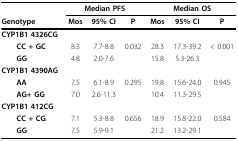
<table><thead><tr><td></td><td colspan="3"><b>Median PFS</b></td><td colspan="3"><b>Median OS</b></td></tr><tr><td><b>Genotype</b></td><td><b>Mos</b></td><td><b>95% CI</b></td><td><b>P</b></td><td><b>Mos</b></td><td><b>95% CI</b></td><td><b>P</b></td></tr></thead><tbody><tr><td><b>CYP1B1 4326CG</b></td><td></td><td></td><td></td><td></td><td></td><td></td></tr><tr><td> <b>CC + GC</b></td><td>8.3</td><td>7.7-8.8</td><td>0.032</td><td>28.3</td><td>17.3-39.2</td><td>&lt; 0.001</td></tr><tr><td> <b>GG</b></td><td>4.8</td><td>2.0-7.6</td><td></td><td>15.8</td><td>5.3-26.3</td><td></td></tr><tr><td><b>CYP1B1 4390AG</b></td><td></td><td></td><td></td><td></td><td></td><td></td></tr><tr><td> <b>AA</b></td><td>7.5</td><td>6.1-8.9</td><td>0.295</td><td>19.8</td><td>15.6-24.0</td><td>0.945</td></tr><tr><td> <b>AG+ GG</b></td><td>7.0</td><td>2.6-11.3</td><td></td><td>10.4</td><td>11.3-29.5</td><td></td></tr><tr><td><b>CYP1B1 412CG</b></td><td></td><td></td><td></td><td></td><td></td><td></td></tr><tr><td> <b>CC + CG</b></td><td>7.1</td><td>5.3-8.8</td><td>0.656</td><td>18.9</td><td>15.8-22.0</td><td>0.584</td></tr><tr><td> <b>GG</b></td><td>7.5</td><td>5.9-9.1</td><td></td><td>21.2</td><td>13.2-29.1</td><td></td></tr></tbody></table>